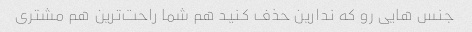
جنس هایی رو که ندارین حذف کنید هم شما راحت‌ترین هم مشتری